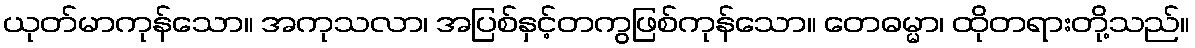
ယုတ်မာကုန်သော။ အကုသလာ၊ အပြစ်နှင့်တကွဖြစ်ကုန်သော။ တေဓမ္မာ၊ ထိုတရားတို့သည်။